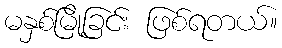
မနှစ်မြို့ခြင်း ဖြစ်ရတယ်။